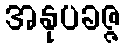
အနုပခဇ္ဇ